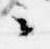
々